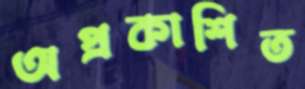
অপ্রকাশিত